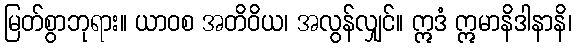
မြတ်စွာဘုရား။ ယာဝစ အတိဝိယ၊ အလွန်လျှင်။ ဣဒံ ဣမာနိဒါနာနိ၊